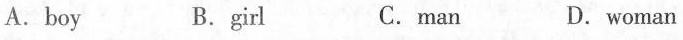
A.boy B.girl C.man D.woman